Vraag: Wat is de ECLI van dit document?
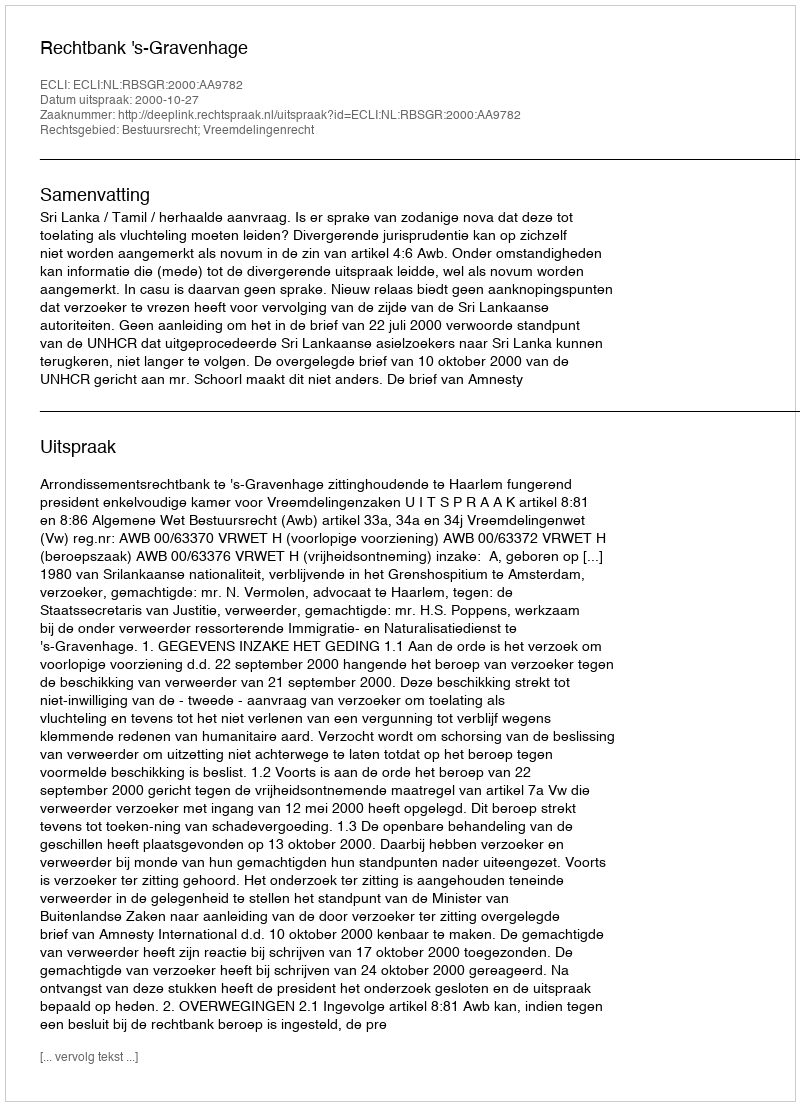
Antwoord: ECLI:NL:RBSGR:2000:AA9782